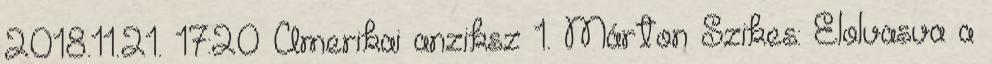
2018.11.21. 17:20 Amerikai anziksz 1. Márton Szikes: Elolvasva a